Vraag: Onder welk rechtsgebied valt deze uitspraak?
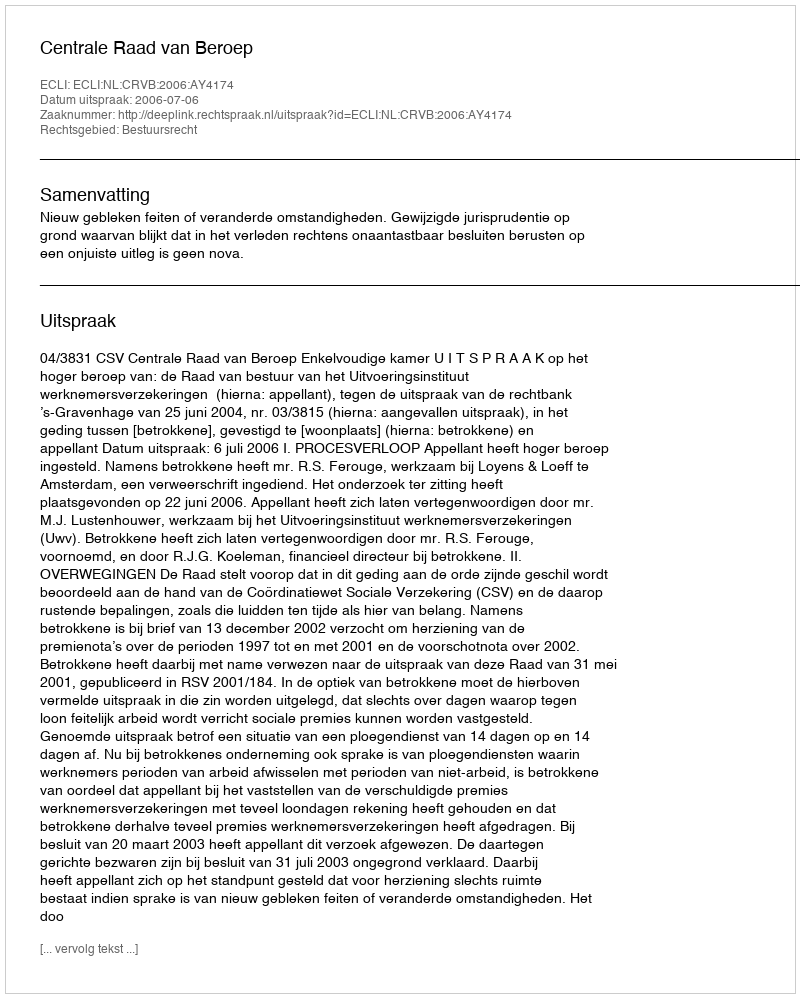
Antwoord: Bestuursrecht